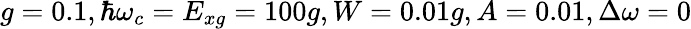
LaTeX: g=0.1,\hbar\omega_{c}=E_{xg}=100g,W=0.01g,A=0.01,\Delta\omega=0